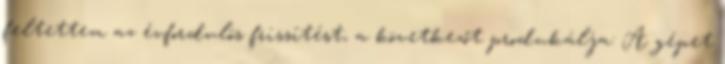
feltettem az évfordulós frissítést, a következőt produkálja: A gépet